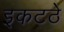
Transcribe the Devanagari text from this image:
इकटठे